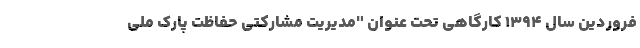
فروردین سال ۱۳۹۴ کارگاهی تحت عنوان "مدیریت مشارکتی حفاظت پارک ملی